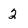
Character: 2